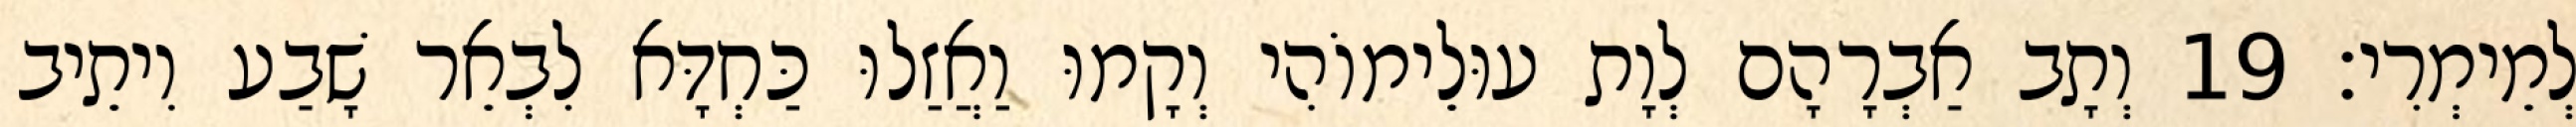
לְמֵימְרִי׃ 19 וְתָב אַבְרָהָם לְוָת עוּלֵימוֹהִי וְקָמוּ וַאֲזַלוּ כַּחְדָּא לִבְאֵר שָׁבַע וִיתֵיב